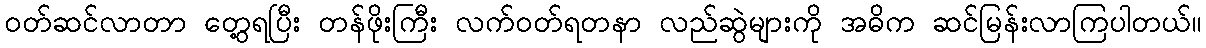
ဝတ်ဆင်လာတာ တွေ့ရပြီး တန်ဖိုးကြီး လက်ဝတ်ရတနာ လည်ဆွဲများကို အဓိက ဆင်မြန်းလာကြပါတယ်။